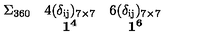
\begin{array} { c c c } { { \bf \mathrm { \large \Sigma _ { 3 6 0 } } } } & { \mathrm { \normalsize { 4 ( \delta _ { i j } ) _ { 7 \times 7 } } } } & { \mathrm { \normalsize { 6 ( \delta _ { i j } ) _ { 7 \times 7 } } } } \\ { } & { { \bf 1 ^ { 4 } } } & { { \bf 1 ^ { 6 } } } \\ \end{array}